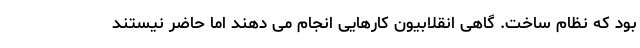
بود که نظام ساخت. گاهی انقلابیون کارهایی انجام می دهند اما حاضر نیستند